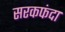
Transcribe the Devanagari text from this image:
सरकफंदा